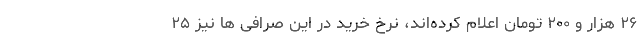
۲۶ هزار و ۲۰۰ تومان اعلام کرده‌اند، نرخ خرید در این صرافی ها نیز ۲۵